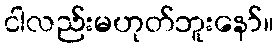
ငါလည်းမဟုတ်ဘူးနော်။